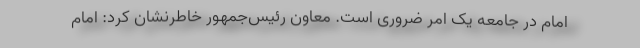
امام در جامعه یک امر ضروری است. معاون رئیس‌جمهور خاطرنشان کرد: امام